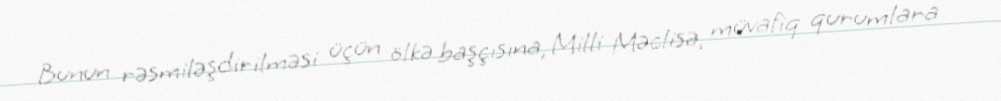
Bunun rəsmiləşdirilməsi üçün ölkə başçısına, Milli Məclisə, müvafiq qurumlara